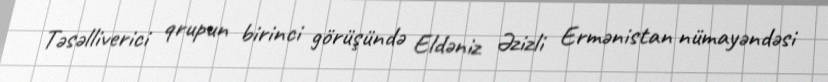
Təsəlliverici qrupun birinci görüşündə Eldəniz Əzizli Ermənistan nümayəndəsi